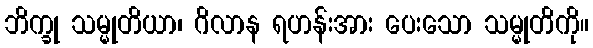
ဘိက္ခု သမ္မုတိယာ၊ ဂိလာန ရဟန်းအား ပေးသော သမ္မုတိကို။